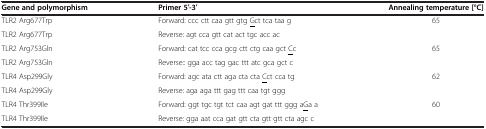
| Gene and polymorphism | Primer 5′-3′ | Annealing temperature [°C] |
 | --- | --- | --- |
 | TLR2 Arg677Trp | Forward: ccc ctt caa gtt gtg <underline>g</underline>ct tca taa g | <ROWSPAN=2> 65 |
 | TLR2 Arg677Trp | Reverse: agt cca gtt cat act tgc acc ac |
 | TLR2 Arg753Gln | Forward: cat tcc cca gcg ctt ctg caa gct <underline>c</underline>c | <ROWSPAN=2> 65 |
 | TLR2 Arg753Gln | Reverse:: gga acc tag gac ttt atc gca gct c |
 | TLR4 Asp299Gly | Forward: agc ata ctt aga cta cta <underline>c</underline>ct cca tg | <ROWSPAN=2> 62 |
 | TLR4 Asp299Gly | Reverse: aga aga ttt gag ttt caa tgt ggg |
 | TLR4 Thr399Ile | Forward: ggt tgc tgt tct caa agt gat ttt ggg a<underline>g</underline>a a | <ROWSPAN=2> 60 |
 | TLR4 Thr399Ile | Reverse: gga aat cca gat gtt cta gtt gtt cta agc c |